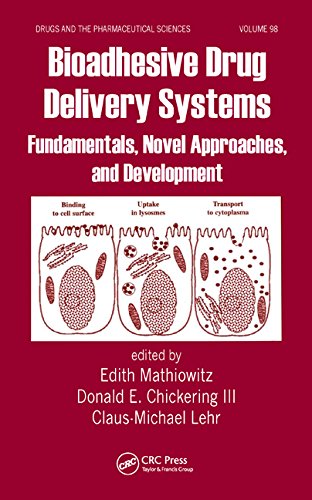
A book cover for Bioadhesive Drug Delivery Systems: Fundamentals, Novel Approaches, and Development (Drugs and the Pharmaceutical Sciences); Medical Books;